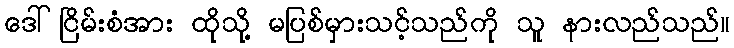
ဒေါ်ငြိမ်းစံအား ထိုသို့ မပြစ်မှားသင့်သည်ကို သူ နားလည်သည်။